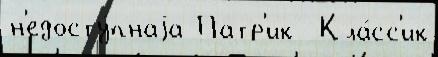
н'едосту́пнаjа Патр'ик  Кла́сс'ик